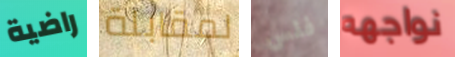
راضية لمقابلة فلس نواجهه